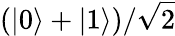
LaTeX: \left(\left|0\right\rangle+\left|1\right\rangle\right)/{\sqrt{2}}